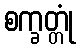
စက္ခတ္တုံ